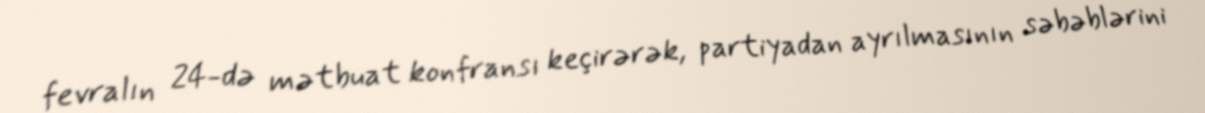
fevralın 24-də mətbuat konfransı keçirərək, partiyadan ayrılmasının səbəblərini